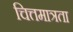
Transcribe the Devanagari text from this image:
चित्तमात्रता